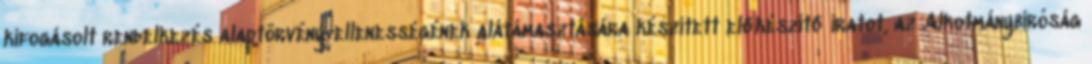
kifogásolt rendelkezés alaptörvény-ellenességének alátámasztására készített előkészítő iratot, az Alkotmánybíróság